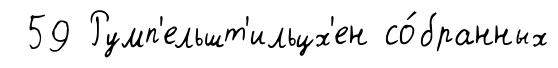
59 Румп'ельшт'ильцх'ен со́бранных